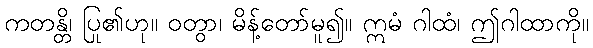
ကတန္တိ၊ ပြု၏ဟု။ ဝတွာ၊ မိန့်တော်မူ၍။ ဣမံ ဂါထံ၊ ဤဂါထာကို။